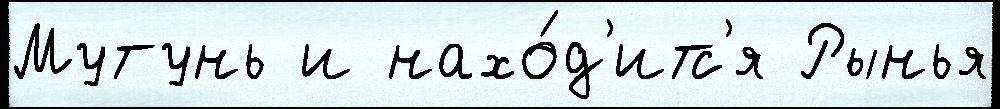
Мутунь и нахо́д'итс'я Рынья